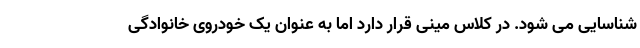
شناسایی می شود. در کلاس مینی قرار دارد اما به عنوان یک خودروی خانوادگی